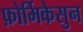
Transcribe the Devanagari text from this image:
फ़ोर्मिकेसुन